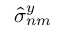
\hat { \sigma } _ { n m } ^ { y }